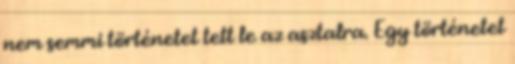
nem semmi történetet tett le az asztalra. Egy történetet